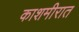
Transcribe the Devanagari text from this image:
काशमीरात